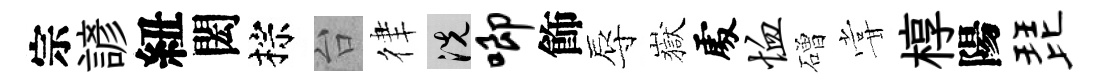
宗諺紐閎棕台律洗唧飾辱嶽𠁅恤磳甞椁陽琵